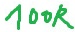
Text: 100K